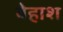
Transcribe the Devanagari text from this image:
बेहाश